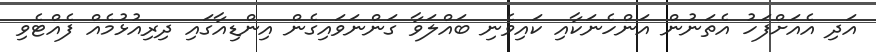
އަދި އެއަށްފަހު އެތަނުން އަންހެނަކާއި ކައިވެނި ބައްލަވާ ގަންނަވައިގެން އިންޑިއާގައި ދިރިއުޅުމެއް ފެއްޓެވި